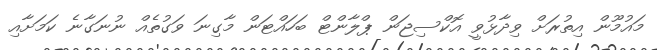
މައުމޫން އިތުރަށް ވިދާޅުވީ އޮކްސިޖަން ޕްލާންޓް ބަހައްޓަން މާގިނަ ވަގުތެއް ނުނަގާނެ ކަމަށާއި